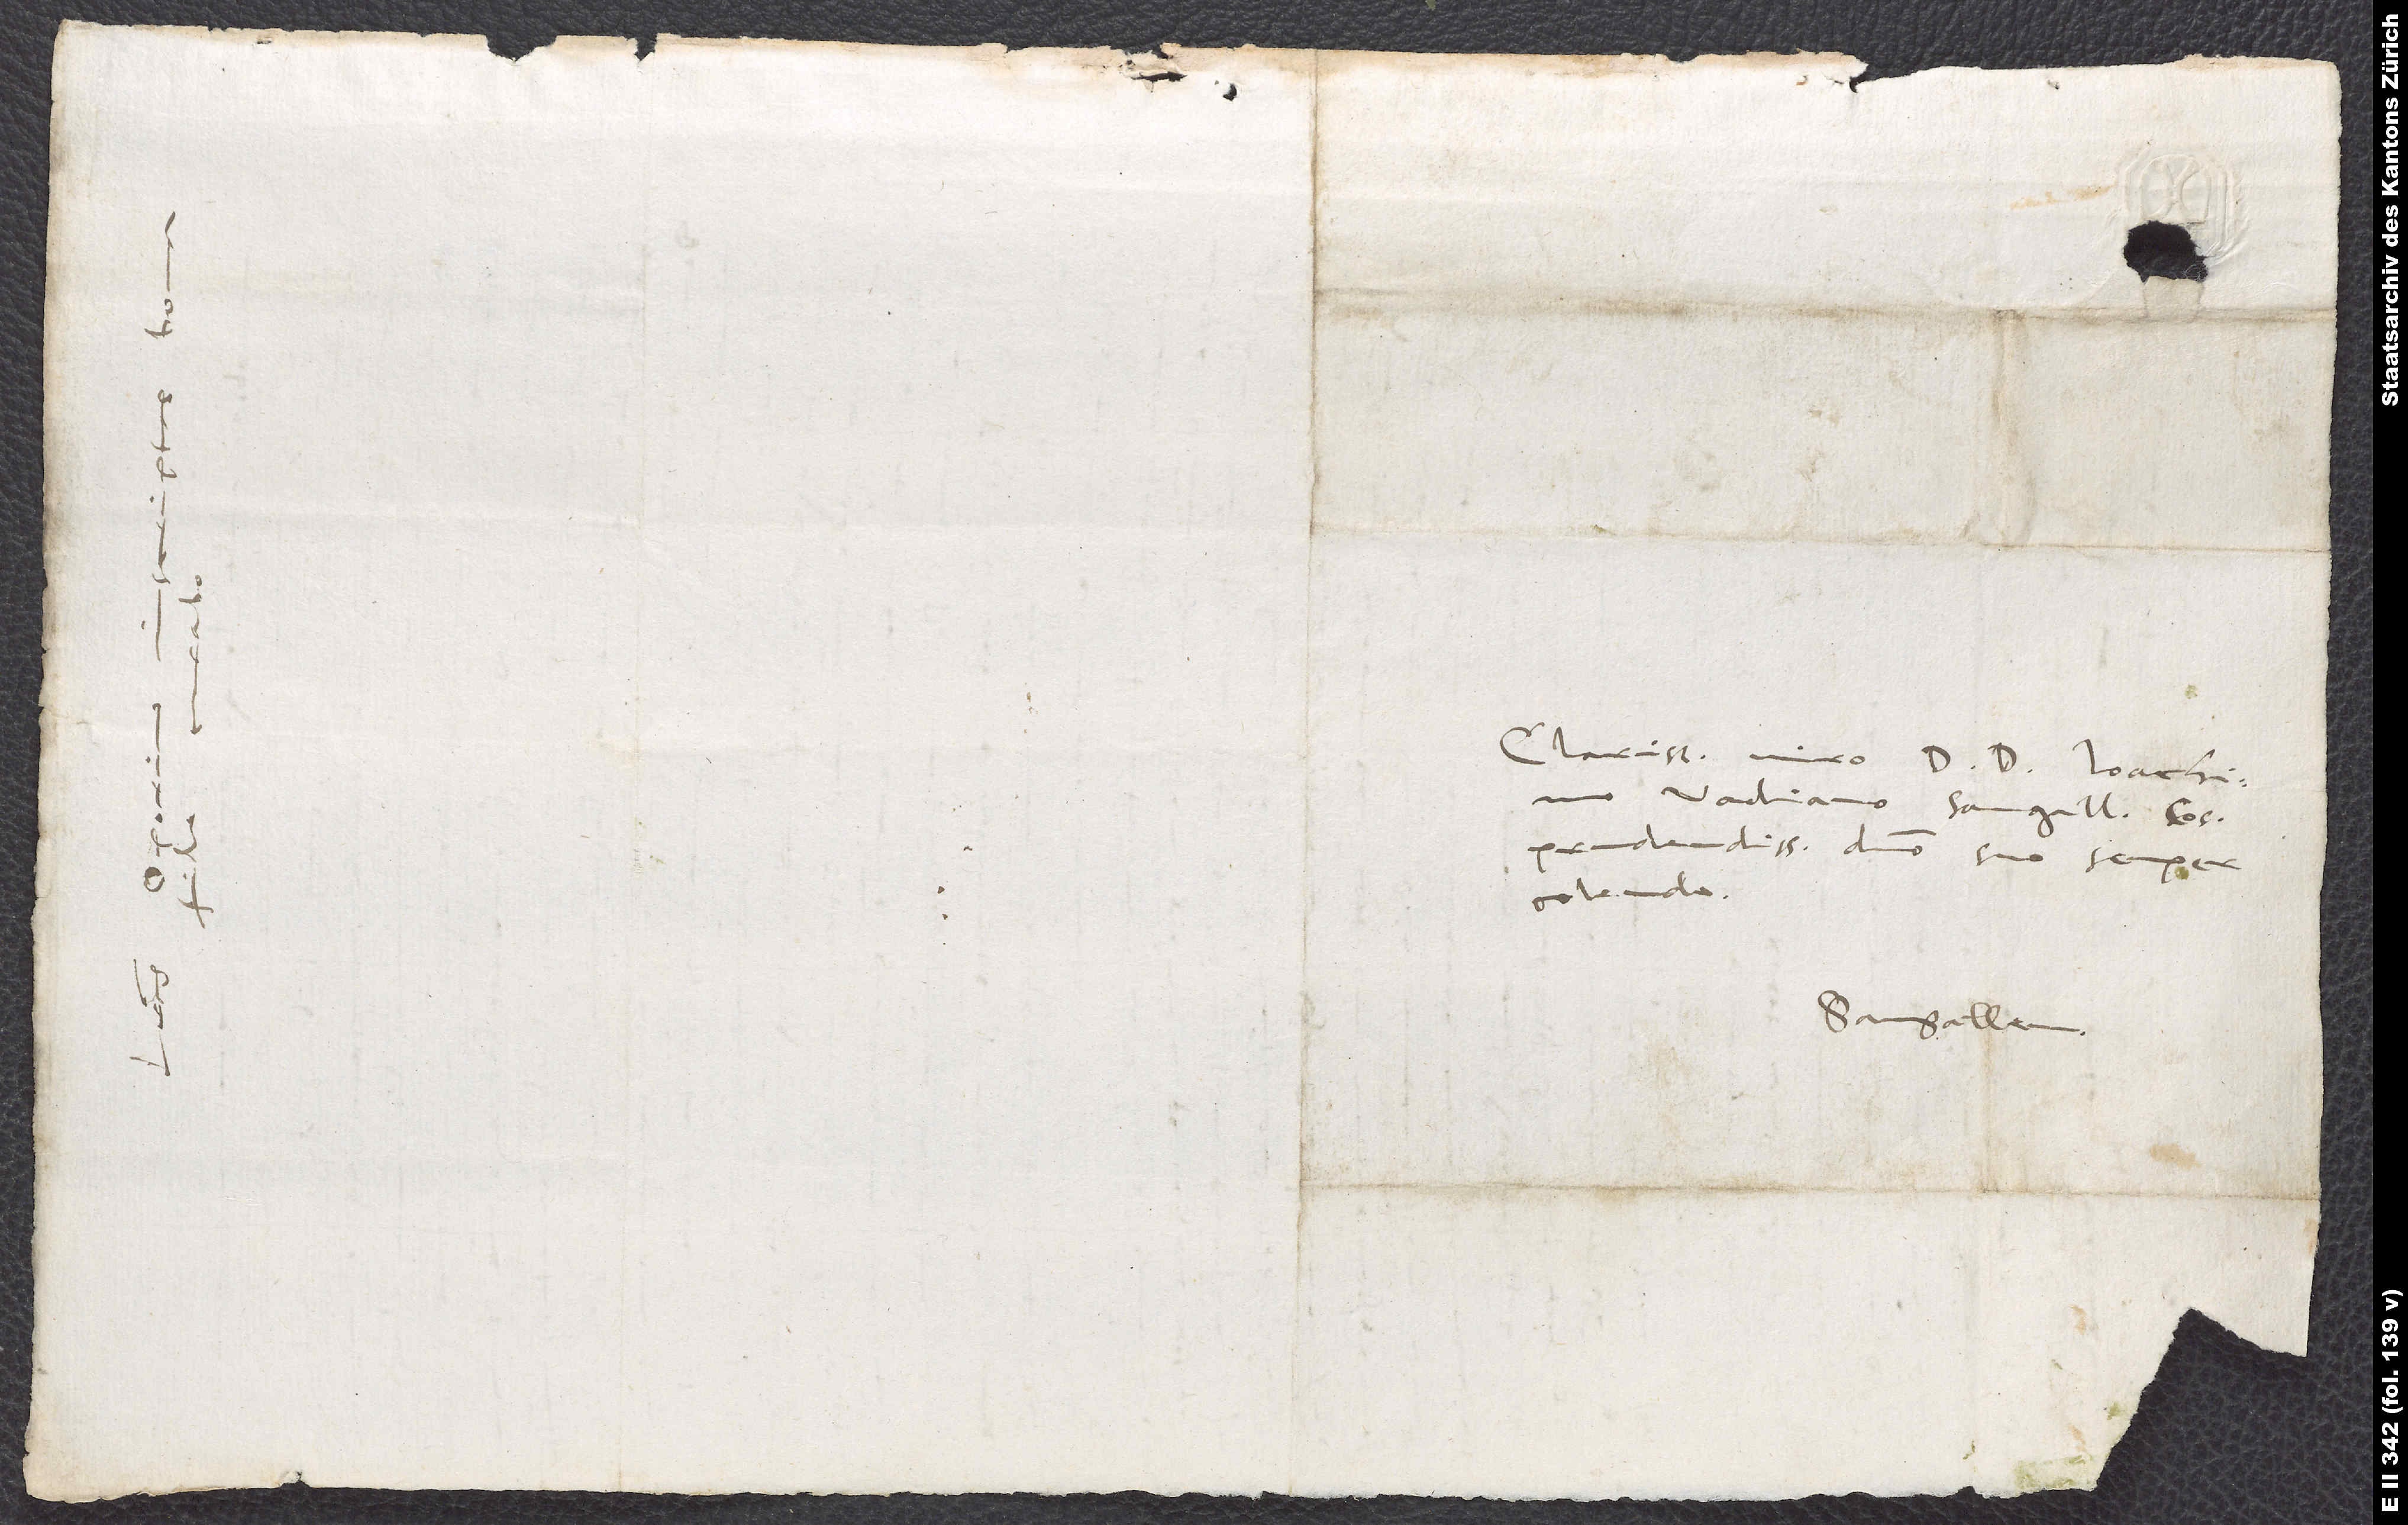
.

Clarissimo viro d. doctori Ioachimo
Vadiano, Sangallensi consuli
prudentissimo, domino suo semper
colendo.
Sangallen.